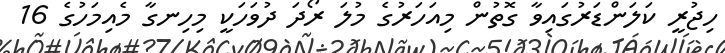
ހިޖުރީ ކަލަންޑަރުގައިވާ ގޮތުން މިއަހަރުގެ މުލަ ރޯދަ ދުވަހަކީ މިހިނގާ މެއިމަހުގެ 16